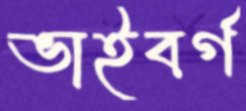
ভাইবর্গ